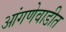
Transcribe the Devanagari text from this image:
आंगणेवाडीत